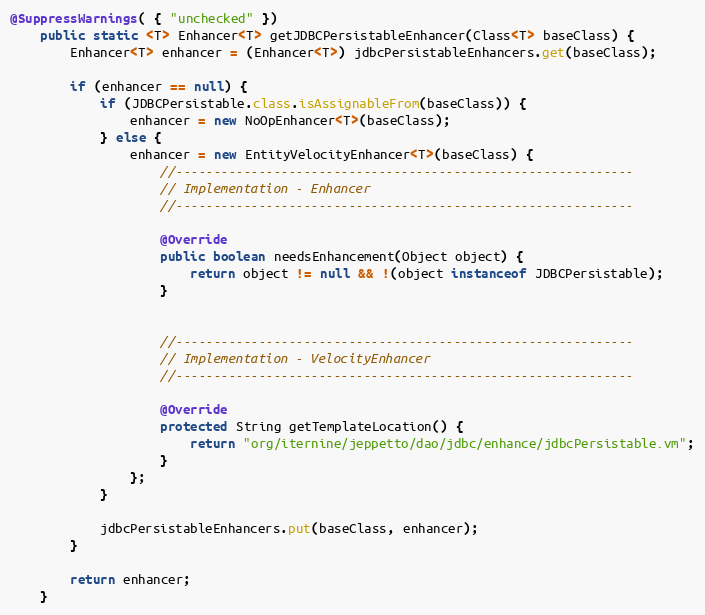
Language: Java
@SuppressWarnings( { "unchecked" })
    public static <T> Enhancer<T> getJDBCPersistableEnhancer(Class<T> baseClass) {
        Enhancer<T> enhancer = (Enhancer<T>) jdbcPersistableEnhancers.get(baseClass);

        if (enhancer == null) {
            if (JDBCPersistable.class.isAssignableFrom(baseClass)) {
                enhancer = new NoOpEnhancer<T>(baseClass);
            } else {
                enhancer = new EntityVelocityEnhancer<T>(baseClass) {
                    //-------------------------------------------------------------
                    // Implementation - Enhancer
                    //-------------------------------------------------------------

                    @Override
                    public boolean needsEnhancement(Object object) {
                        return object != null && !(object instanceof JDBCPersistable);
                    }

                    //-------------------------------------------------------------
                    // Implementation - VelocityEnhancer
                    //-------------------------------------------------------------

                    @Override
                    protected String getTemplateLocation() {
                        return "org/iternine/jeppetto/dao/jdbc/enhance/jdbcPersistable.vm";
                    }
                };
            }

            jdbcPersistableEnhancers.put(baseClass, enhancer);
        }

        return enhancer;
    }